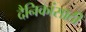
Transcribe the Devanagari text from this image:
दैनिकांसाठी